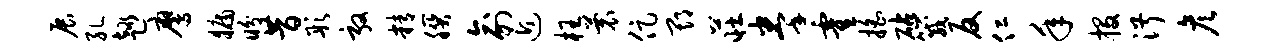
展孔趣鹰牖盼昔彤敦精朕俞近枉蓑促期庄拳霍摇砧箴反仁年投淑彦